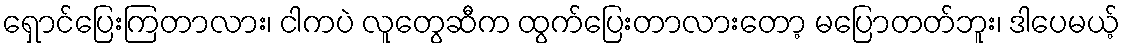
ရှောင်ပြေးကြတာလား၊ ငါကပဲ လူတွေဆီက ထွက်ပြေးတာလားတော့ မပြောတတ်ဘူး၊ ဒါပေမယ့်